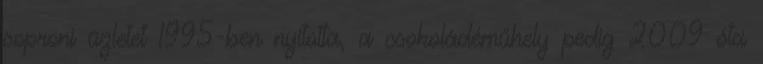
soproni üzletet 1995-ben nyitotta, a csokoládéműhely pedig 2009 óta